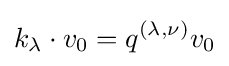
k_{\lambda }\cdot v_{0}=q^{(\lambda ,\nu )}v_{0}